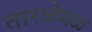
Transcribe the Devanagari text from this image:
तारळेघळ